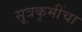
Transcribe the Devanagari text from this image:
सूत्रकृमींचा